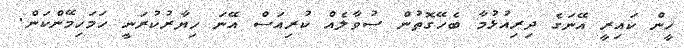
ހީން ކައިރީ އޭނަގެ ދިރިއުޅުމާ ބެހޭގޮތުން ސުވާލެއް ކުރިއަސް އޭނަ ހިޔާރުކުރަނީ ހަމަހިމޭންކަން.